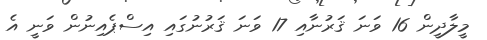
މީލާދީން 16 ވަނަ ޤަރުނާއި 17 ވަނަ ޤަރުނުގައި އިސްޕެއިނުން ވަނީ އެ